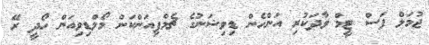
ޖުމަލް ފަސް ޓީމް ވާދަކުރި އަންހެން ޑިވިޝަނުގެ ޗެމްޕިއަންކަން މޯލްޑިވިއަން ހޯދީ ރޭ